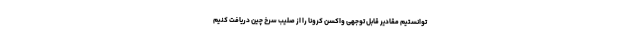
توانستیم مقادیر قابل توجهی واکسن کرونا را از صلیب سرخ چین دریافت کنیم